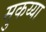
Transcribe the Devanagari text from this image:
मुकय्या